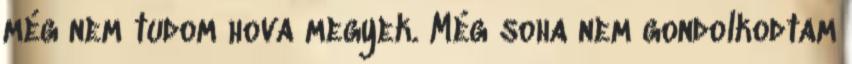
még nem tudom hova megyek. Még soha nem gondolkodtam